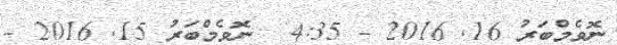
ނޮވެމްބަރު 16